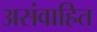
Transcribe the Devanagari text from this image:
असंवाहित